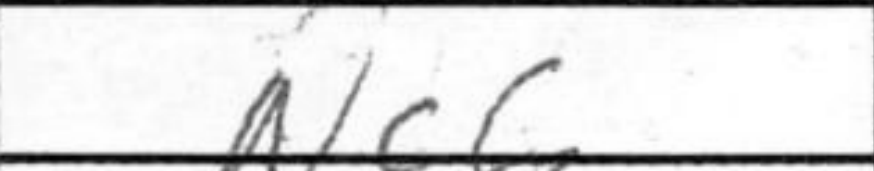
Transcription: Nc6